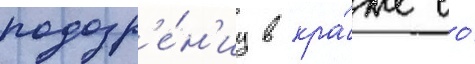
подозр'е́н'иу в кра́же со́